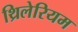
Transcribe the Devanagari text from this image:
थ्रिलेरियम